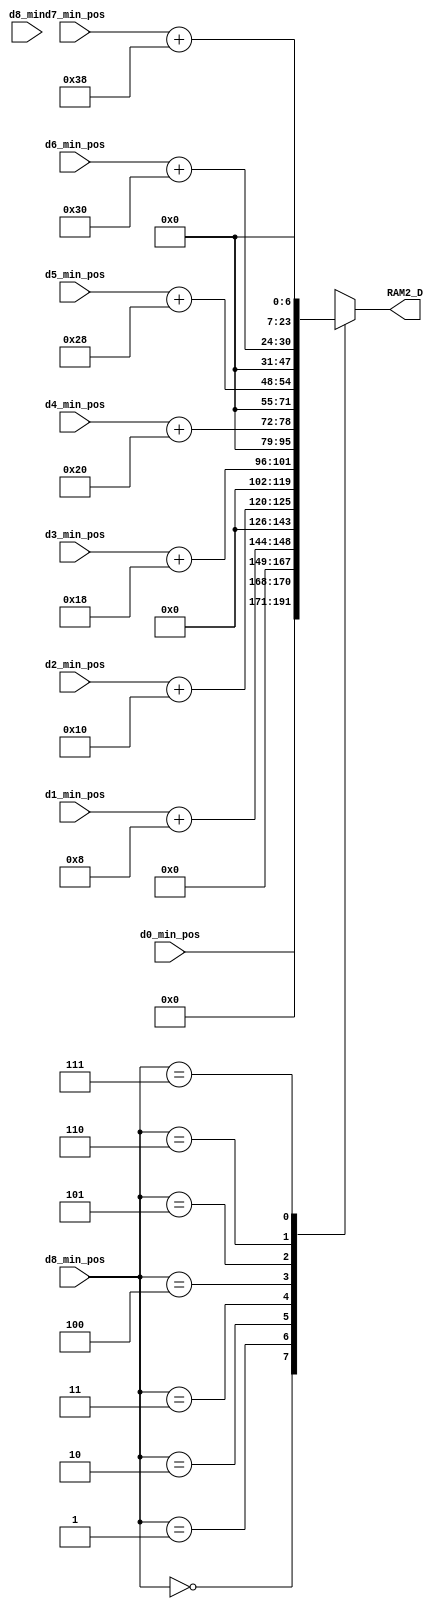
module  Compare(
    d8_min,         //trash
    d8_min_pos,
    d0_min_pos,
    d1_min_pos,
    d2_min_pos,
    d3_min_pos,
    d4_min_pos,
    d5_min_pos,
    d6_min_pos,
    d7_min_pos,
    RAM2_D
);

    input [9:0] d8_min;
    input [2:0]d8_min_pos,d0_min_pos,d1_min_pos,d2_min_pos,d3_min_pos,d4_min_pos,d5_min_pos,d6_min_pos,d7_min_pos;
    output reg [23:0] RAM2_D;



    //RAM2_D
    always @(*) 
    begin
        case (d8_min_pos)
        3'd0:
        begin
            RAM2_D={{21'd0},d0_min_pos};
        end
        3'd1: 
        begin
            RAM2_D={{21'd0},d1_min_pos}+24'd8;
        end
        3'd2: 
        begin
            RAM2_D={{21'd0},d2_min_pos}+24'd16;
        end
        3'd3:
        begin
            RAM2_D={{21'd0},d3_min_pos}+24'd24;
        end 
        3'd4: 
        begin
            RAM2_D={{21'd0},d4_min_pos}+24'd32;
        end
        3'd5:
        begin
            RAM2_D={{21'd0},d5_min_pos}+24'd40;
        end 
        3'd6:
        begin
            RAM2_D={{21'd0},d6_min_pos}+24'd48;
        end 
        3'd7:
        begin
            RAM2_D={{21'd0},d7_min_pos}+24'd56;
        end 
        endcase    
    end

    
endmodule